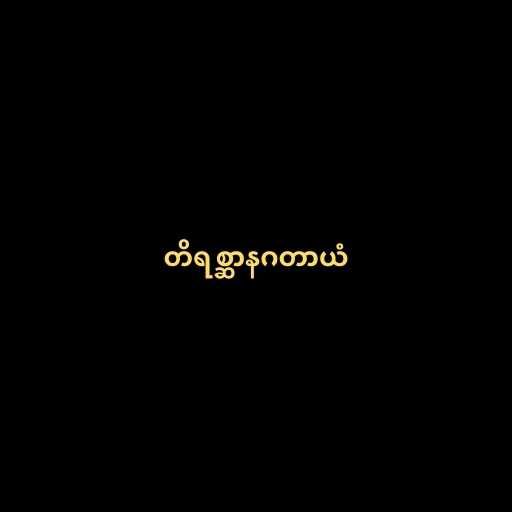
တိရစ္ဆာနဂတာယံ